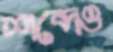
শব্দেও